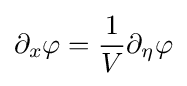
\partial _{x}\varphi ={\frac {1}{V}}\partial _{\eta }\varphi